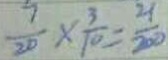
\frac { 7 } { 2 0 } \times \frac { 3 } { 1 0 } = \frac { 2 1 } { 2 0 0 }